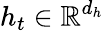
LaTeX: h_{t}\in\mathbb{R}^{d_{h}}